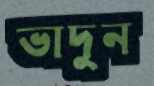
ভাদুন